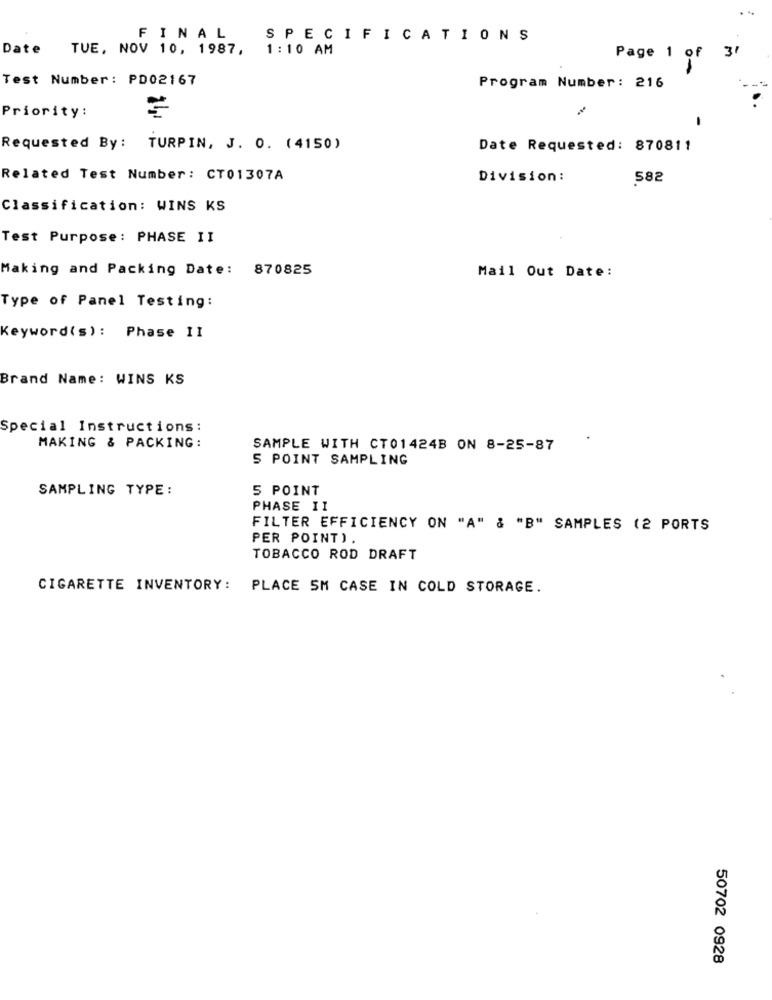
FINAL
SPECIFICATIONS
Date TUE, NOV 10, 1987, 1:10 AM
Page 1 of 3'
Test Number: PD02167
Program Number: 216
Priority:
-
Requested By: TURPIN, J. O. (4150)
Date Requested: 870811
Related Test Number: CT01307A
Division:
582
Classification: WINS KS
Test Purpose: PHASE II
Making and Packing Date: 870825
Mail Out Date:
Type of Panel Testing:
Keyword(s): Phase II
Brand Name: WINS KS
Special Instructions:
MAKING & PACKING:
SAMPLE WITH CT01424B ON 8-25-87
S POINT SAMPLING
SAMPLING TYPE:
5 POINT
PHASE II
FILTER EFFICIENCY ON "A" & "B" SAMPLES (2 PORTS
PER POINT).
TOBACCO ROD DRAFT
CIGARETTE INVENTORY: PLACE SM CASE IN COLD STORAGE.
50702 0928